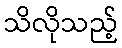
သိလိုသည့်